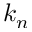
k _ { n }